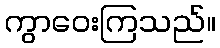
ကွာဝေးကြသည်။